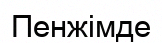
Пенжімде